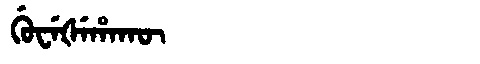
Manchu: ᡤᡠᠸᡝᡧᡝᡥᠠᡴᡡ
Romanization: GUWEŠEHAKŪ